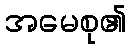
အမေစု၏